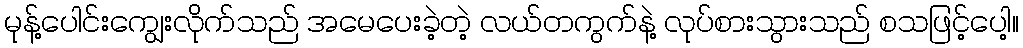
မုန့်ပေါင်းကျွေးလိုက်သည် အမေပေးခဲ့တဲ့ လယ်တကွက်နဲ့ လုပ်စားသွားသည် စသဖြင့်ပေါ့။